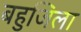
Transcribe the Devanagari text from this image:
बहुजिला